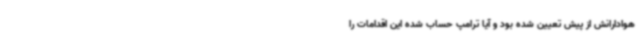
هوادارانش از پیش تعیین شده بود و آیا ترامپ حساب شده این اقدامات را